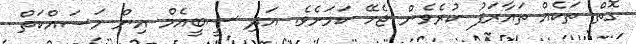
ގޮތް ތަކެއް ތައާރަފު ކުރެވެން ޖެހޭ ކަމަށެވެ. އަދި ސީބީއެމް އިން މަސައްކަތް